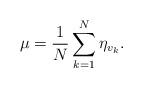
LaTeX: \begin{align*}\mu=\frac{1}{N} \sum_{k=1}^N \eta_{v_k}.\end{align*}